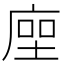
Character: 𢉰